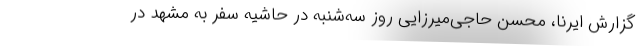
گزارش ایرنا، محسن حاجی‌میرزایی روز سه‌شنبه در حاشیه سفر به مشهد در